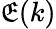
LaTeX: \mathfrak{E}(k)